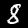
Label: 8